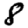
Digit: 8